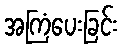
အကြံပေးခြင်း